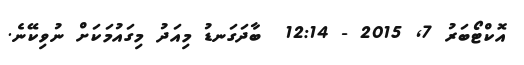
އޮކްޓޯބަރު 7